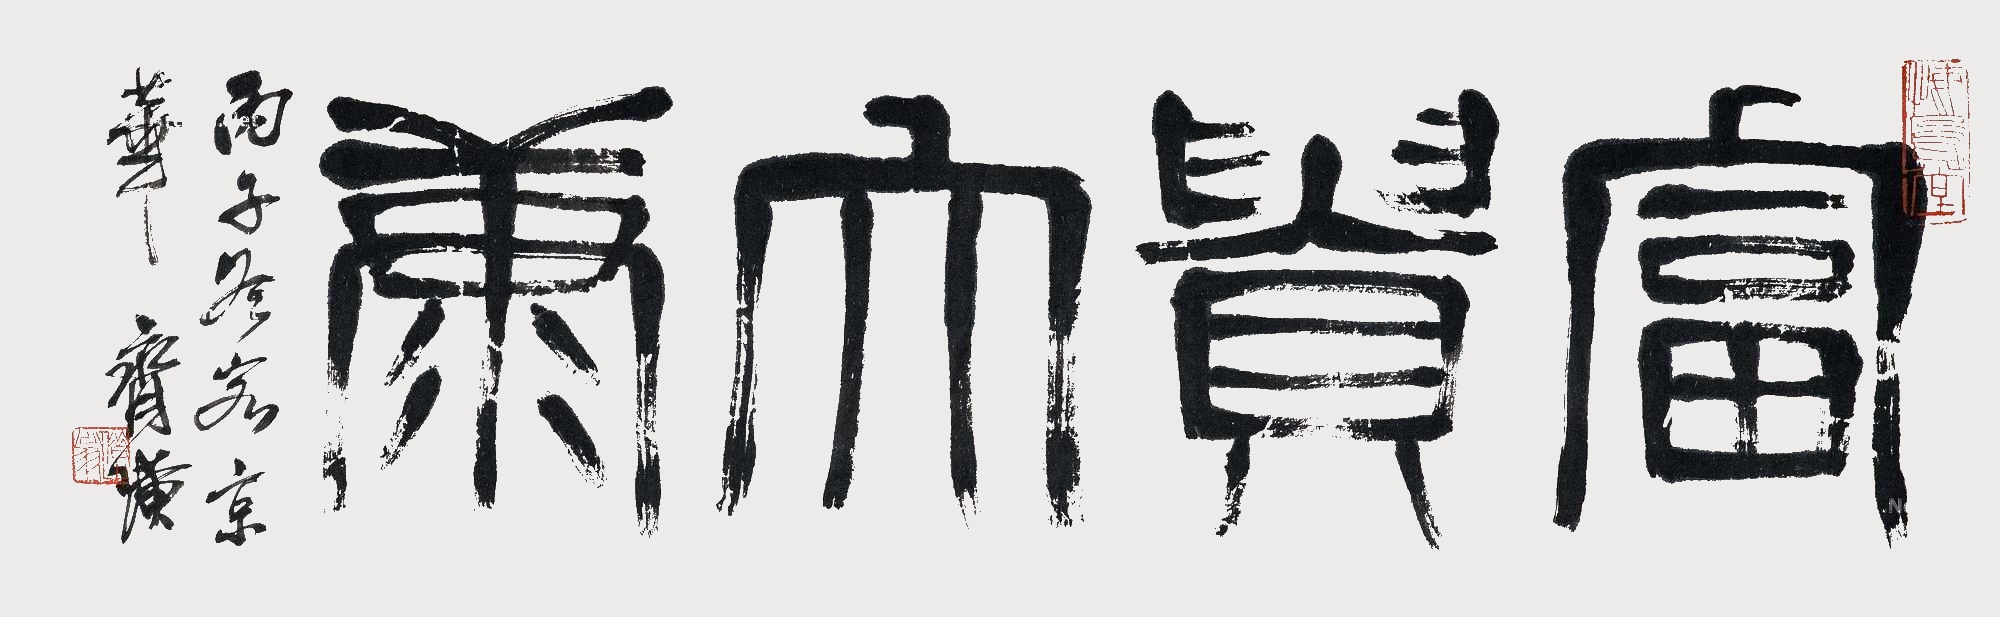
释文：富贵大康。丙子冬客京华，齐璜。